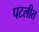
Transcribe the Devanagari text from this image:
पटलीत